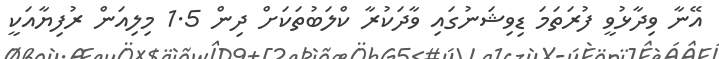
އޭނާ ވިދާޅުވީ ފުރަތަމަ ޑިވިޝަނުގައި ވާދަކުރާ ކްލަބުތަކަށް ދިން 1.5 މިލިއަން ރުފިޔާއަކީ